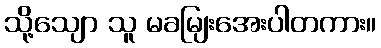
သို့သျော သူ မခမျြးအေးပါတကား။